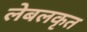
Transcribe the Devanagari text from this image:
लेबलकृत